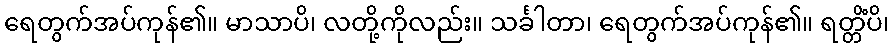
ရေတွက်အပ်ကုန်၏။ မာသာပိ၊ လတို့ကိုလည်း။ သင်္ခါတာ၊ ရေတွက်အပ်ကုန်၏။ ရတ္တိံပိ၊